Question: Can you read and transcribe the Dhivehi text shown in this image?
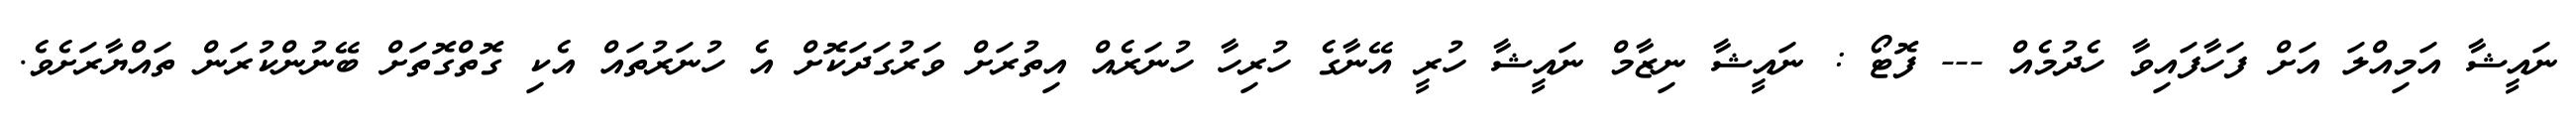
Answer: ނައީޝާ އަމިއްލަ އަށް ފަހާފައިވާ ހެދުމެއް --- ފޮޓޯ : ނައީޝާ ނިޒާމް ނައީޝާ ހުރީ އޭނާގެ ހުރިހާ ހުނަރެއް އިތުރަށް ވަރުގަދަކޮށް އެ ހުނަރުތައް އެކި ގޮތްގޮތަށް ބޭނުންކުރަން ތައްޔާރަށެވެ.